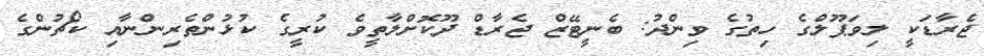
ޖެރާޑަކީ ލިވަޕޫލްގެ ހިތުގެ ވިންދު: ބެނީޓޭޒް ޖެރާޑް ދޫކޮށްލާތީވެ ކުރީގެ ކުޅުންތެރިންނާއި ކޯޗުންގެ